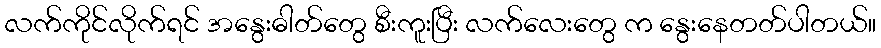
လက်ကိုင်လိုက်ရင် အနွေးဓါတ်တွေ စီးကူးပြီး လက်လေးတွေ က နွေးနေတတ်ပါတယ်။